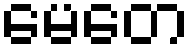
မေတေ